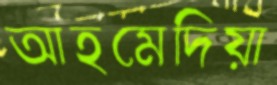
আহমেদিয়া